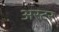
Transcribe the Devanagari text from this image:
अस्टर